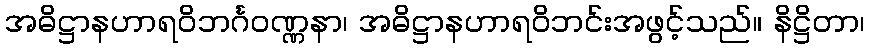
အဓိဋ္ဌာနဟာရဝိဘင်္ဂဝဏ္ဏနာ၊ အဓိဋ္ဌာနဟာရဝိဘင်းအဖွင့်သည်။ နိဋ္ဌိတာ၊